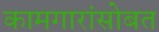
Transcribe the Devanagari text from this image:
कामगारांसोबत